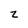
Character: z